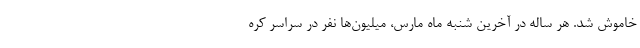
خاموش شد. هر ساله در آخرین شنبه ماه مارس، میلیون‌ها نفر در سراسر کره